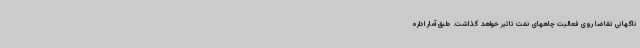
ناگهانی تقاضا روی فعالیت چاههای نفت تاثیر خواهد گذاشت. طبق آمار اداره